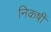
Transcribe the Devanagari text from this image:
निकषीं